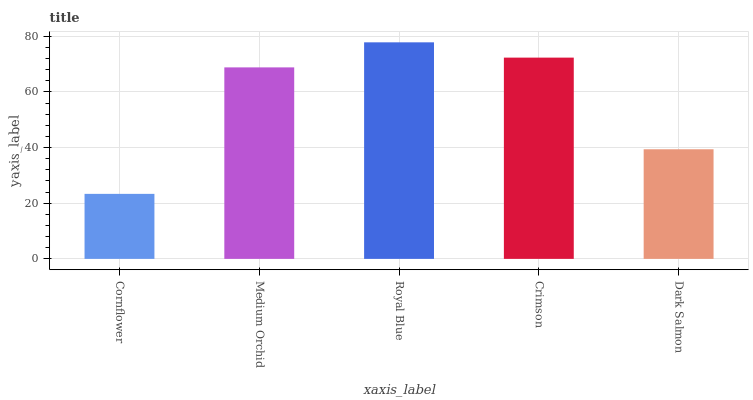
| xaxis_label | bars |
 | --- | --- |
 | Cornflower | 23.4 |
 | Medium Orchid | 68.8 |
 | Royal Blue | 77.8 |
 | Crimson | 72.4 |
 | Dark Salmon | 39.4 |